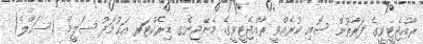
ރާއްޖެޓީވީގެ ފަރާތުން ސޮއި ކުރެއްވީ ރާއްޖެޓީވީގެ މެނޭޖިންގ ޑިރެކްޓަރ އަޙުމަދު ސަލީމް (ސައްލެ)